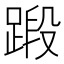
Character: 𫏗